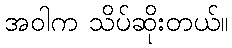
အဝါက သိပ်ဆိုးတယ်။